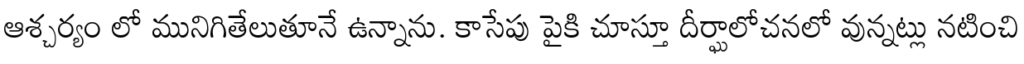
ఆశ్చర్యం లో మునిగితేలుతూనే ఉన్నాను. కాసేపు పైకి చూస్తూ దీర్ఘాలోచనలో వున్నట్లు నటించి